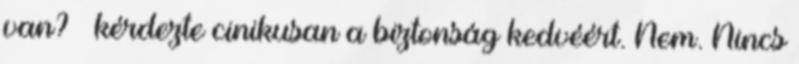
van? – kérdezte cinikusan a biztonság kedvéért. Nem. Nincs